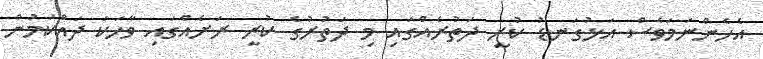
އެހެންނަމަވެސް އަޅުގަނޑު ކުރީ ދަތުރެއްގައި މި ދަތުރުގެ ކުރީ ރަށެއްގައި ވާހަކަ ދައްކަމުން